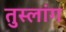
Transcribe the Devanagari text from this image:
तुस्‍लांग